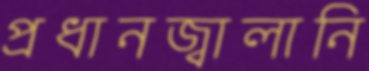
প্রধানজ্বালানি